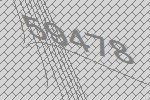
59478